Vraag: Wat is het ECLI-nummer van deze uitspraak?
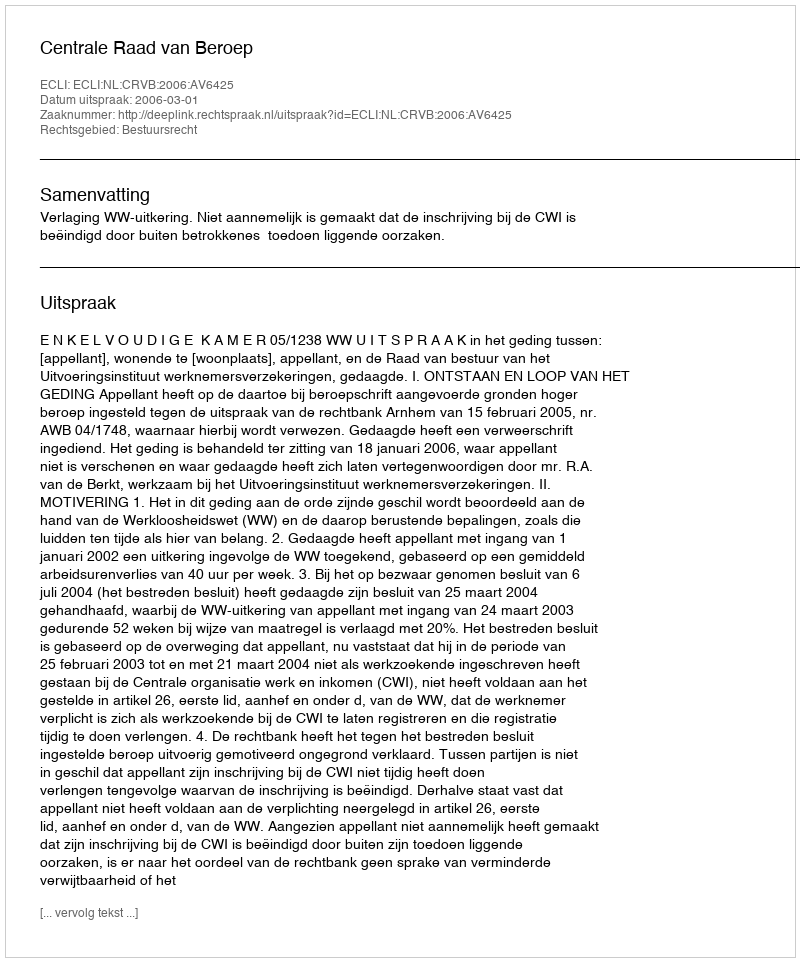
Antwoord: ECLI:NL:CRVB:2006:AV6425